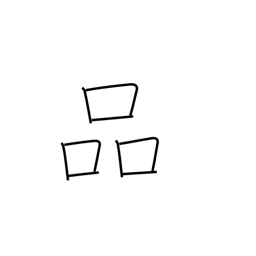
Meaning: refinement